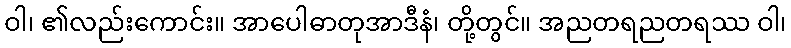
ဝါ၊ ၏လည်းကောင်း။ အာပေါဓာတုအာဒီနံ၊ တို့တွင်။ အညတရညတရဿ ဝါ၊